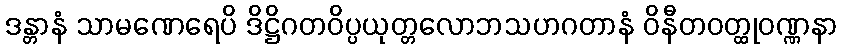
ဒန္တာနံ သာမဏေရေပိ ဒိဋ္ဌိဂတဝိပ္ပယုတ္တလောဘသဟဂတာနံ ဝိနီတဝတ္ထုဝဏ္ဏနာ